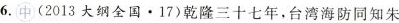
6.中(2013大纲全国 · 17)乾隆三十七年，台湾海防同知朱